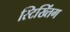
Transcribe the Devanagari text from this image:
स्टिख्तिंग